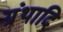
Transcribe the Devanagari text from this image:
ग्रंथादि